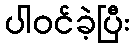
ပါဝင်ခဲ့ပြီး